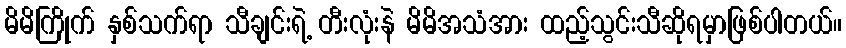
မိမိကြိုက် နှစ်သက်ရာ သီချင်းရဲ့ တီးလုံးနဲ မိမိအသံအား ထည့်သွင်းသီဆိုရမှာဖြစ်ပါတယ်။